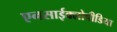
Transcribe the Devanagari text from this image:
एनसाईक्लोपीडिया